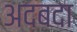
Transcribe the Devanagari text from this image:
अदबदा